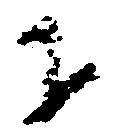
下